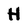
Character: H